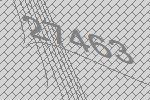
27463